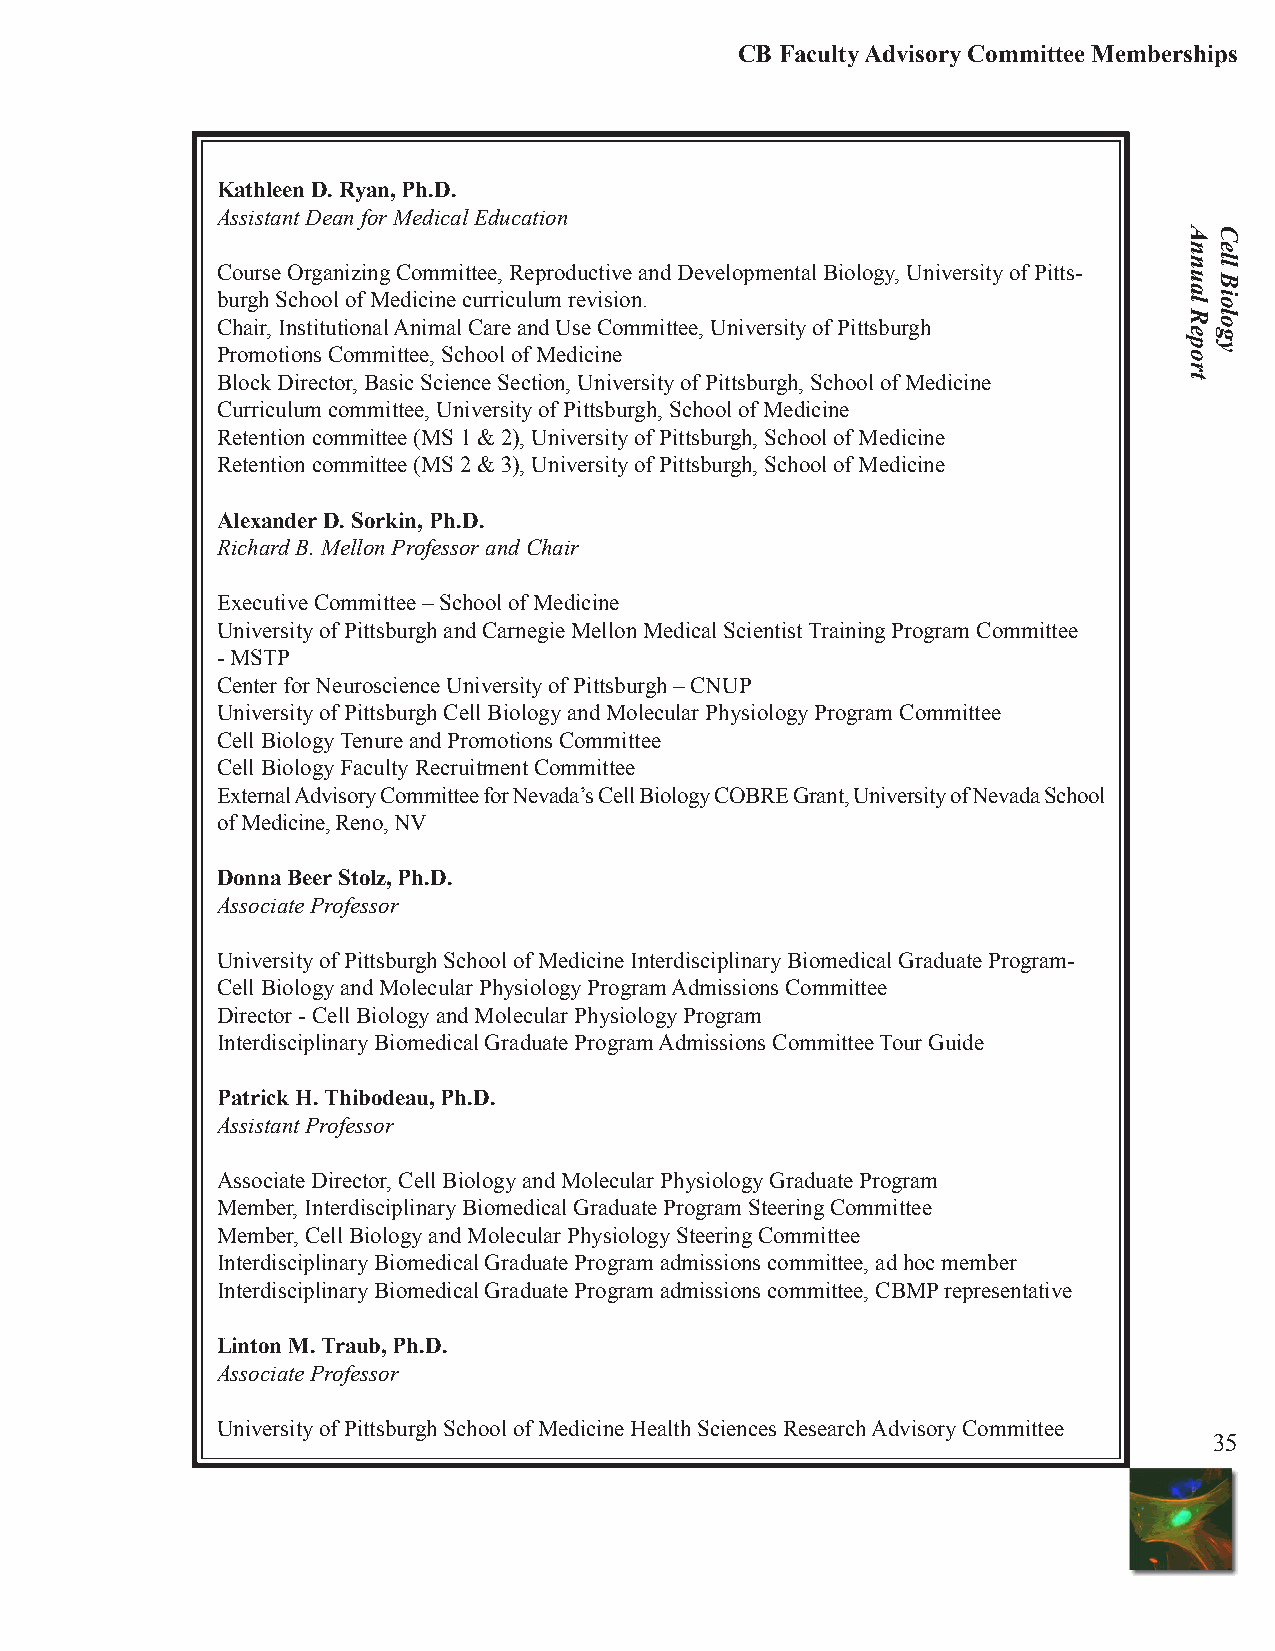
CB Faculty Advisory Committee Memberships
 Kathleen D. Ryan, Ph.D.
 Assistant Dean for Medical Education
 Course Organizing Committee, Reproductive and Developmental Biology, University of Pitts-
 burgh School of Medicine curriculum revision.
 Chair, Institutional Animal Care and Use Committee, University of Pittsburgh
 Promotions Committee, School of Medicine
 Block Director, Basic Science Section, University of Pittsburgh, School of Medicine
 Curriculum committee, University of Pittsburgh, School of Medicine
 Retention committee (MS 1 & 2), University of Pittsburgh, School of Medicine
 Retention committee (MS 2 & 3), University of Pittsburgh, School of Medicine
 Alexander D. Sorkin, Ph.D.
 Richard B. Mellon Professor and Chair
 Executive Committee – School of Medicine
 University of Pittsburgh and Carnegie Mellon Medical Scientist Training Program Committee
 - MSTP
 Center for Neuroscience University of Pittsburgh – CNUP
 University of Pittsburgh Cell Biology and Molecular Physiology Program Committee
 Cell Biology Tenure and Promotions Committee
 Cell Biology Faculty Recruitment Committee
 External Advisory Committee for Nevada’s Cell Biology COBRE Grant, University of Nevada School
 of Medicine, Reno, NV
 Donna Beer Stolz, Ph.D.
 Associate Professor
 University of Pittsburgh School of Medicine Interdisciplinary Biomedical Graduate Program-
 Cell Biology and Molecular Physiology Program Admissions Committee
 Director - Cell Biology and Molecular Physiology Program
 Interdisciplinary Biomedical Graduate Program Admissions Committee Tour Guide
 Patrick H. Thibodeau, Ph.D.
 Assistant Professor
 Associate Director, Cell Biology and Molecular Physiology Graduate Program
 Member, Interdisciplinary Biomedical Graduate Program Steering Committee
 Member, Cell Biology and Molecular Physiology Steering Committee
 Interdisciplinary Biomedical Graduate Program admissions committee, ad hoc member
 Interdisciplinary Biomedical Graduate Program admissions committee, CBMP representative
 Linton M. Traub, Ph.D.
 Associate Professor
 University of Pittsburgh School of Medicine Health Sciences Research Advisory Committee
 35
 Annual
 Report
 Cell
 Biology